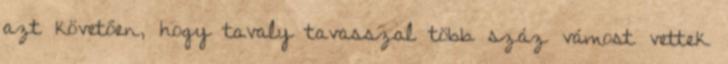
azt követően, hogy tavaly tavasszal több száz vámost vettek